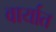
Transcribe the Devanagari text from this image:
वार्यात